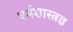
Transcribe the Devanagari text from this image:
धर्मशास्त्रज्ञ